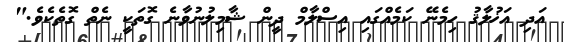
އަދި އަޚުލާޤު ހިމެނޭ ކަމެއްގައި އިސްލާމް ދީން ޝާމިލުނުވާނެ ގޮތަކީ ނެތް ގޮތެކެވެ."